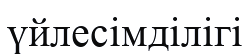
үйлесімділігі